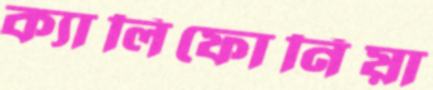
ক্যালিফোর্নিয়া